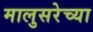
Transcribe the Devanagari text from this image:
मालुसरेच्या